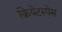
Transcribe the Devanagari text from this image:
क्रियेटस्पेस